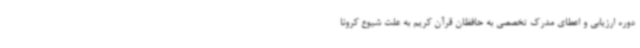
دوره ارزیابی و اعطای مدرک تخصصی به حافظان قرآن کریم به علت شیوع کرونا